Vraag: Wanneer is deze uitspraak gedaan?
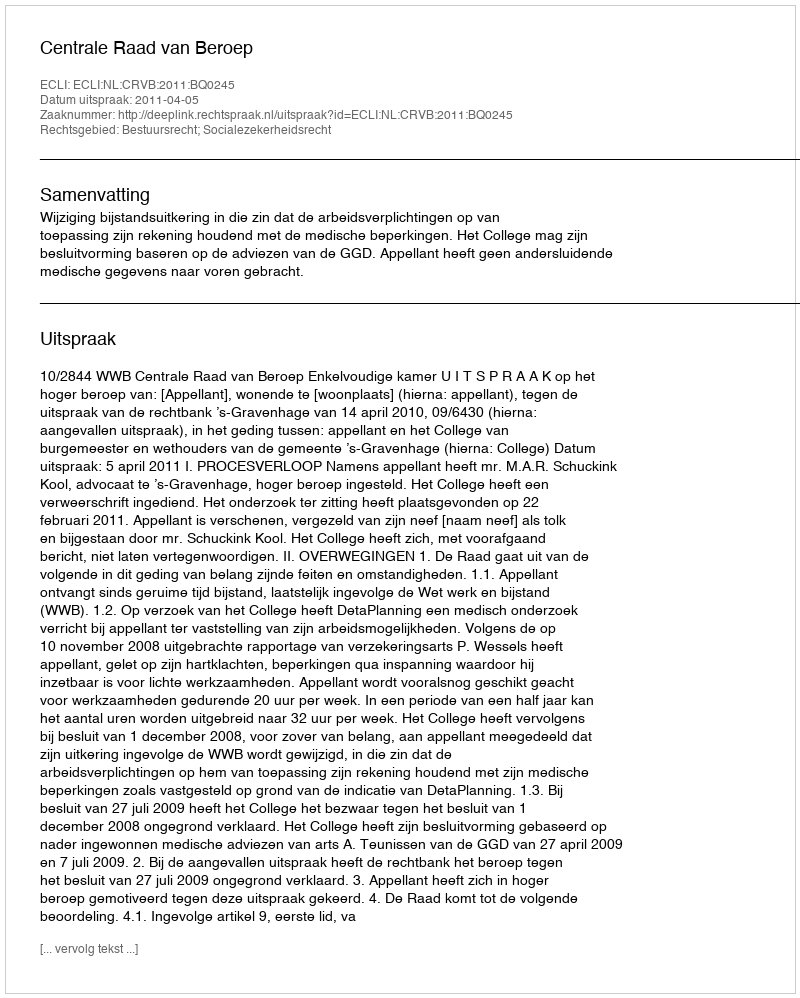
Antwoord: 2011-04-05